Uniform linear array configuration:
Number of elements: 16
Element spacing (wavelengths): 1
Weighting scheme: uniform
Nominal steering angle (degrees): -15
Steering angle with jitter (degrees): -14.808
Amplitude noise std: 0.05
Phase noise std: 0.05

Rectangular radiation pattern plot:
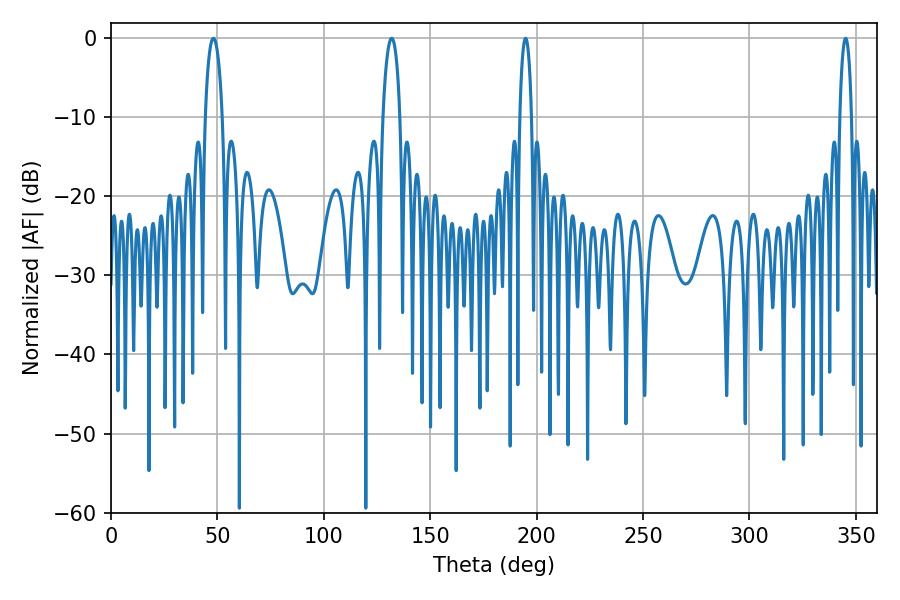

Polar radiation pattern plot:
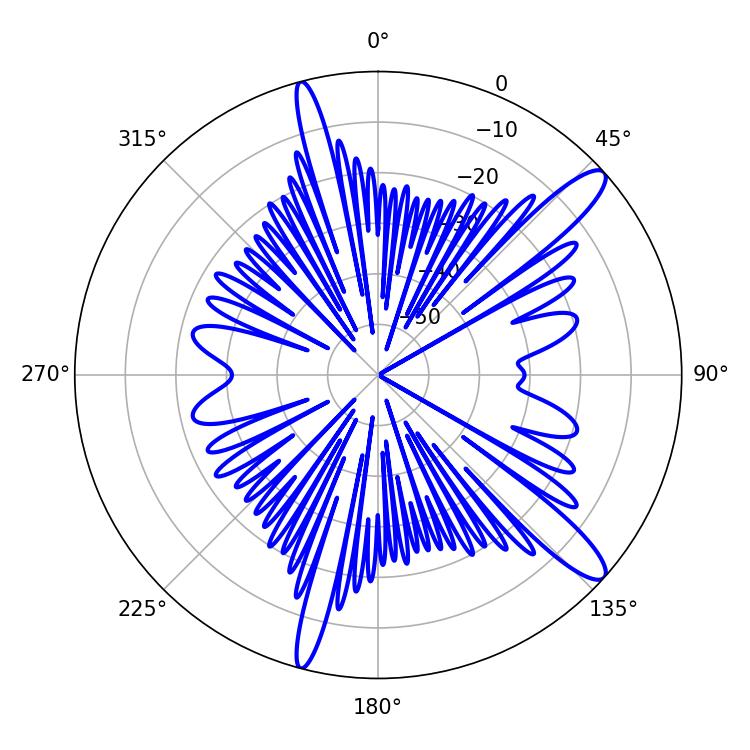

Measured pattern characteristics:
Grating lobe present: TRUE
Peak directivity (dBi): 12.834
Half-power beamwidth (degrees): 4.5
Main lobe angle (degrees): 48.06